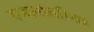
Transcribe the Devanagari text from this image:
स्थानांतरित।